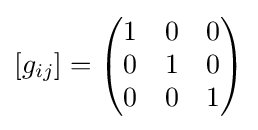
[g_{ij}]={\begin{pmatrix}1&0&0\\0&1&0\\0&0&1\\\end{pmatrix}}